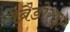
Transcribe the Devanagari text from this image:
लेब्रैडोराइट